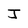
Character: J